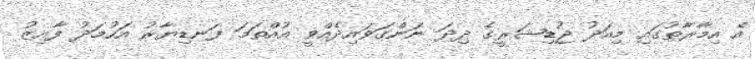
އެ އިމާރާތުގައި މިއަދު ޖުޑިޝަރީގެ ދިދަ ނަންގަވައިދެއްވީ އުއްތަމަ ފަނޑިޔާރު އަހުމަދު ފާއިޒު